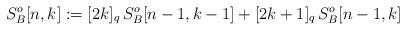
LaTeX: \begin{align*} S^{o}_B[n,k] := [2k]_q\,S^{o}_B[n-1,k-1] + [2k+1]_q\,S^{o}_B[n-1,k]\end{align*}